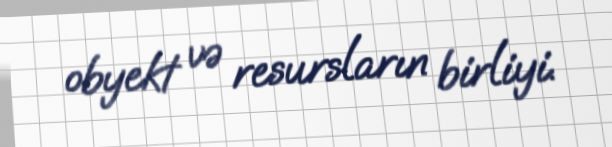
obyekt və resursların birliyi.